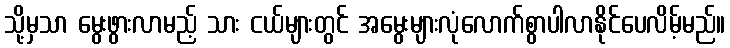
သို့မှသာ မွေးဖွားလာမည့် သား ငယ်များတွင် အမွေးများလုံလောက်စွာပါလာနိုင်ပေလိမ့်မည်။